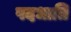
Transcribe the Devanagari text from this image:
पदधाति